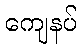
ကျေနပ်